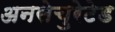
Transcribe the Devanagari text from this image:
अनसेचुरेटेड